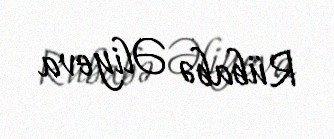
Rübabə Əliyeva